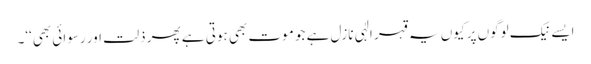
ایسے نیک لوگوں پر کیوں یہ قہر الٰہی نازل ہے جو موت بھی ہوتی ہے پھر ذلت اور رسوائی بھی‘‘۔